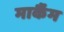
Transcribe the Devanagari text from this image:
मार्कैंम